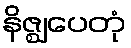
နိဇ္ဈပေတုံ